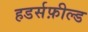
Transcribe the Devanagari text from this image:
हडर्सफ़ील्ड